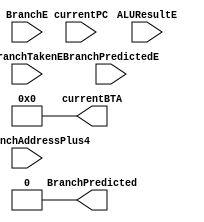
module BranchPredictor(
	input BranchPredictedE, BranchTakenE, BranchE, 
	input [31:0] ALUResultE, currentPC, ALUBranchAddressPlus4,
	output BranchPredicted,
	output [31:0] currentBTA);

	
assign BranchPredicted = 0;
assign currentBTA = 32'b0;

endmodule